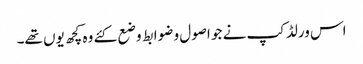
اس ورلڈکپ نے جو اصول و ضوابط وضع کئے وہ کچھ یوں تھے۔